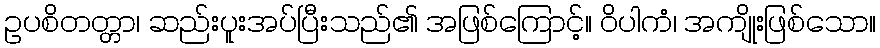
ဥပစိတတ္တာ၊ ဆည်းပူးအပ်ပြီးသည်၏ အဖြစ်ကြောင့်။ ဝိပါကံ၊ အကျိုးဖြစ်သော။